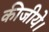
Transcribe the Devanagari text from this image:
कीजीये।